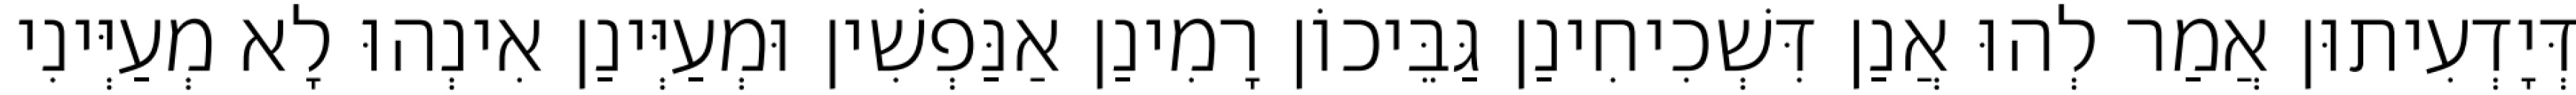
דְּיָדְעִיתוּן אֲמַר לְהוּ אֲנַן דִּשְׁכִיחִינַן גַּבֵּיכוֹן רָמִינַן אַנַּפְשִׁין וּמְעַיְּינַן אִינְהוּ לָא מְעַיְּינִי